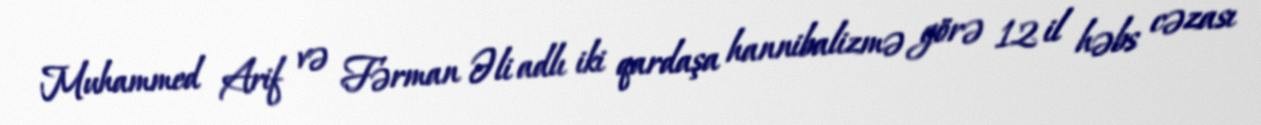
Muhammed Arif və Fərman Əli adlı iki qardaşa hannibalizmə görə 12 il həbs cəzası